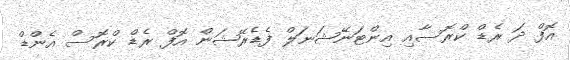
އޮފް ދަ ރެޑް ކްރޮސާއި އިންޓަނޭޝަނަލް ފެޑެރޭޝަން އޮފް ރެޑް ކްރޮސް އެންޑް